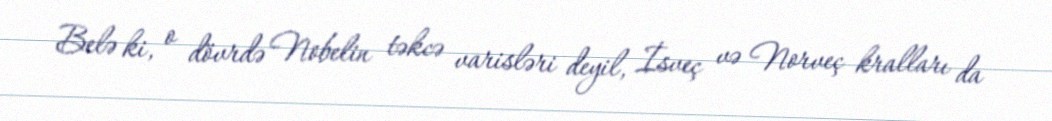
Belə ki, o dövrdə Nobelin təkcə varisləri deyil, İsveç və Norveç kralları da